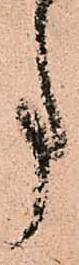
事